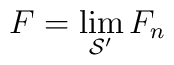
F = \lim_{\mathcal{S}'} F_n